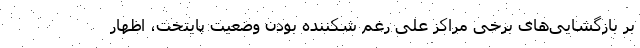
بر بازگشایی‌های برخی مراکز علی رغم شکننده بودن وضعیت پایتخت، اظهار